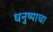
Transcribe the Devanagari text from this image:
धनुष्याचा